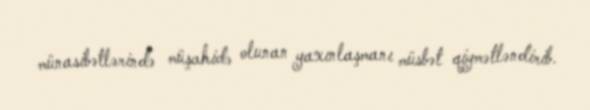
münasibətlərində müşahidə olunan yaxınlaşmanı müsbət qiymətləndirib.